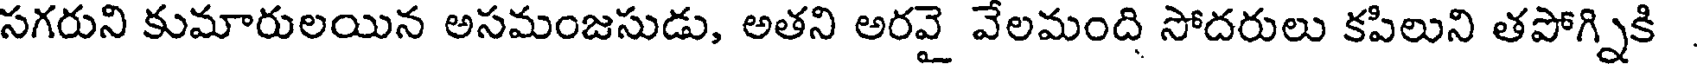
సగరుని కుమారులయిన అసమంజసుడు, అతని అరవై వేలమంది సోదరులు కపిలుని తపోగ్నికి